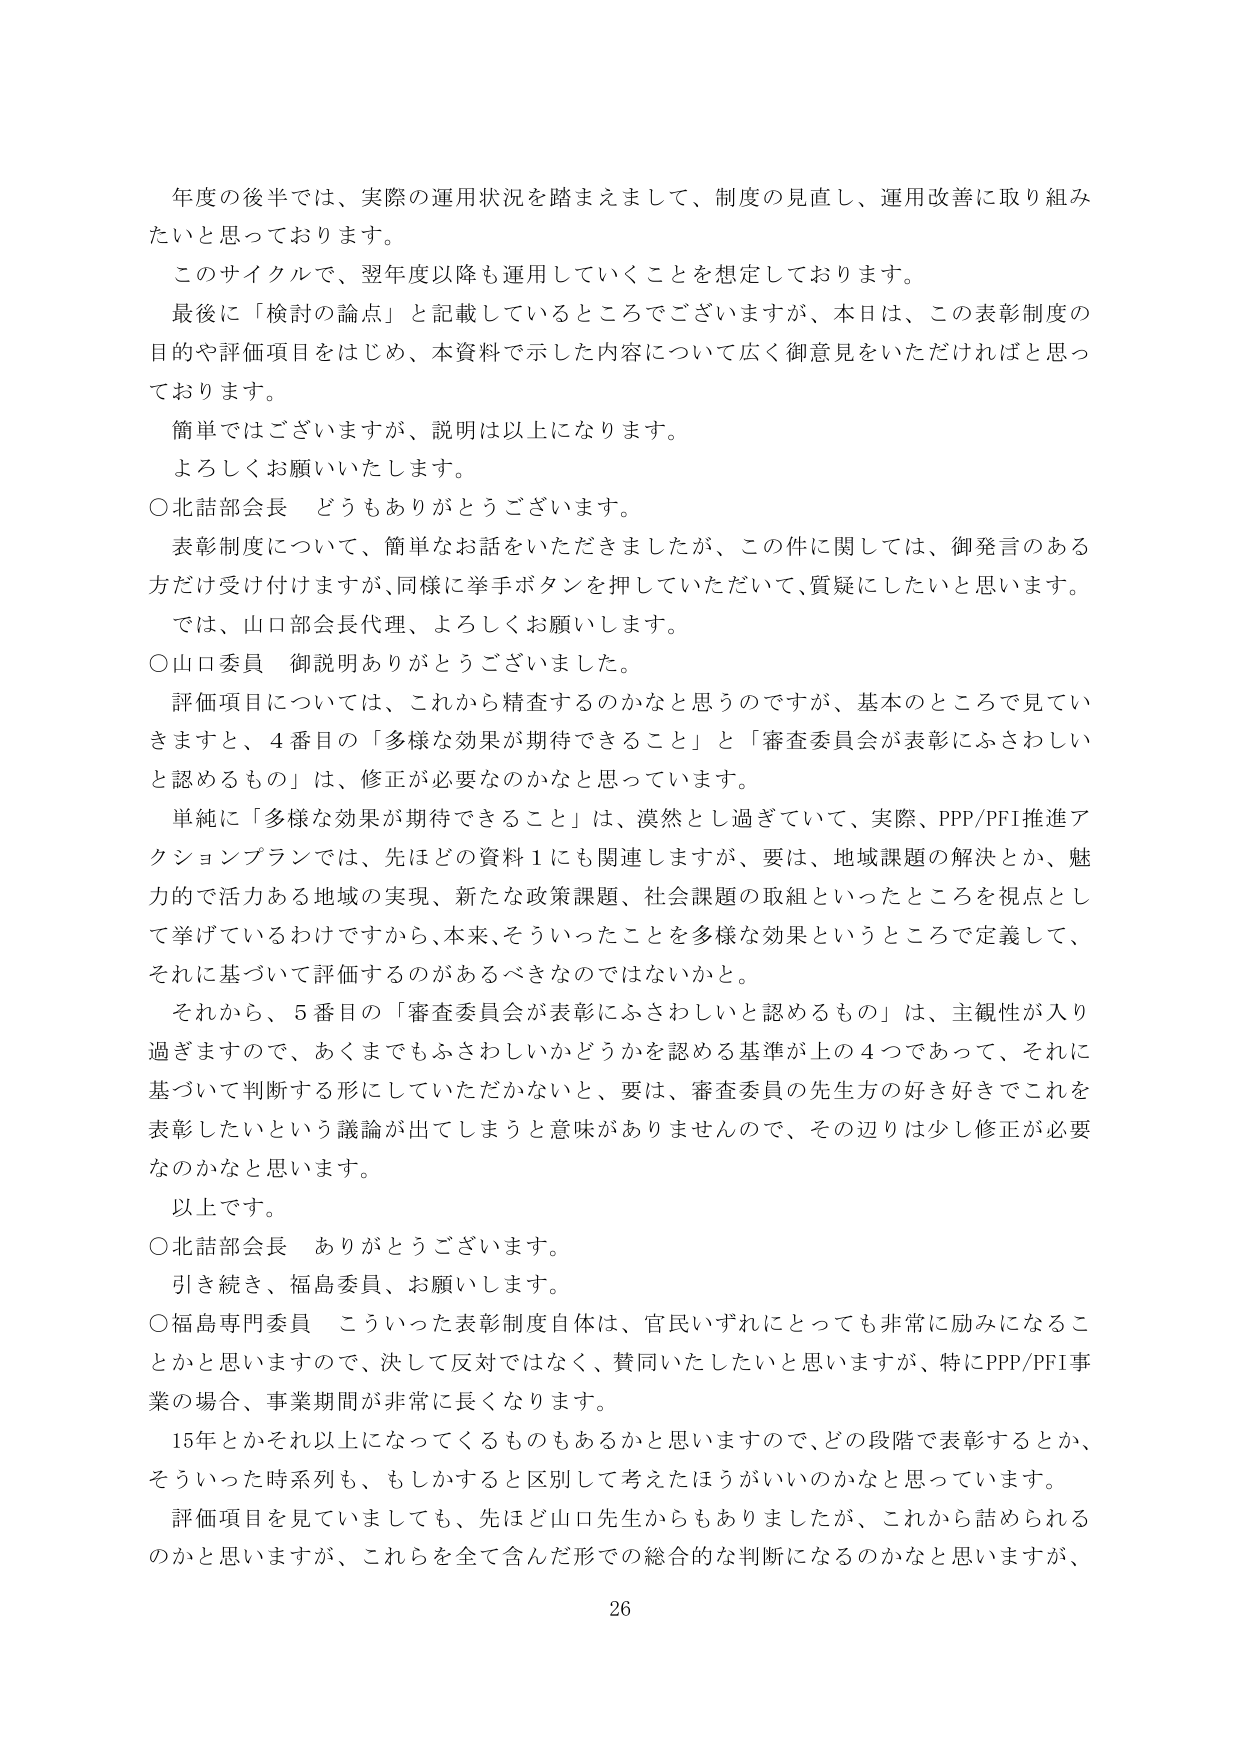
年度の後半では、実際の運用状況を踏まえまして、制度の見直し、運用改善に取り組みたいと思っております。

このサイクルで、翌年度以降も運用していくことを想定しております。

最後に「検討の論点」と記載しているところでございますが、本日は、この表彰制度の目的や評価項目をはじめ、本資料で示した内容について広く御意見をいただければと思っております。

簡単ではございますが、説明は以上になります。

よろしくお願いいたします。

○北詰部会長　どうもありがとうございます。

表彰制度について、簡単なお話をいただきましたが、この件に関しては、御発言のある方だけ受け付けますが、同様に挙手ボタンを押していただいて、質疑にしたいと思います。

では、山口部会長代理、よろしくお願いします。

○山口委員　御説明ありがとうございました。

評価項目については、これから精査するのかなと思うのですが、基本のところで見ていきますと、4番目の「多様な効果が期待できること」と「審査委員会が表彰にふさわしいと認めるもの」は、修正が必要なのかなと思っています。

単純に「多様な効果が期待できること」は、漠然とし過ぎていて、実際、PPP/PFI推進アクションプランでは、先ほどの資料1にも関連しますが、要は、地域課題の解決とか、魅力的で活力ある地域の実現、新たな政策課題、社会課題の取組といったところを視点として挙げているわけですから、本来、そういったことを多様な効果というところで定義して、それに基づいて評価するのあるべきなのではないかと。

それから、5番目の「審査委員会が表彰にふさわしいと認めるもの」は、主観性が入り過ぎますので、あくまでもふさわしいかどうかを認める基準が上の4つであって、それに基づいて判断する形にしていただかないと、要は、審査委員の先生方の好き好きでこれを表彰したいという議論が出てしまうと意味がありませんので、その辺りは少し修正が必要なのかなと思います。

以上です。

○北詰部会長　ありがとうございます。

引き続き、福島委員、お願いします。

○福島専門委員　こういった表彰制度自体は、官民いずれにとっても非常に励みになることかと思いますので、決して反対ではなく、賛同いたしたいと思いますが、特にPPP/PFI事業の場合、事業期間が非常に長くなります。

15年とかそれ以上になってくるものもあるかと思いますので、どの段階で表彰するとか、そういった時系列も、もしかすると区別して考えたほうがいいのかなと思っています。

評価項目を見ていましても、先ほど山口先生からもありましたが、これから詰められるのかと思いますが、これらを全て含んだ形での総合的な判断になるのかなと思いますが、

26